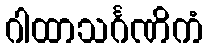
ဂါထာသင်္ဂဏိကံ